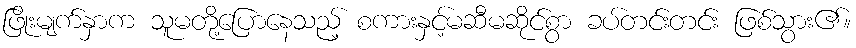
ဖြိုးမျက်နှာက သူမတို့ပြောနေသည့် စကားနှင့်မဆီမဆိုင်စွာ ခပ်တင်းတင်း ဖြစ်သွား၏။